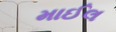
માઈલ